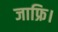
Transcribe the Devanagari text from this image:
जाफ्रि।